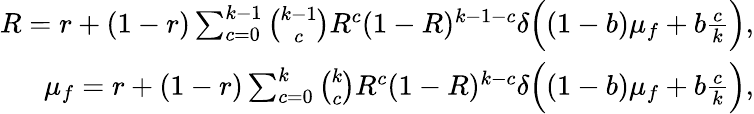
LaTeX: \begin{array}{r}{R=r+(1-r)\sum_{c=0}^{k-1}\binom{k-1}{c}R^{c}(1-R)^{k-1-c}\delta\Big((1-b)\mu_{f}+b\frac{c}{k}\Big),}\\ {\mu_{f}=r+(1-r)\sum_{c=0}^{k}\binom{k}{c}R^{c}(1-R)^{k-c}\delta\Big((1-b)\mu_{f}+b\frac{c}{k}\Big),}\end{array}